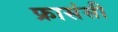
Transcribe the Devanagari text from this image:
फ्रासंसी